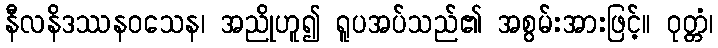
နီလနိဒဿနဝသေန၊ အညိုဟူ၍ ရူပအပ်သည်၏ အစွမ်းအားဖြင့်။ ဝုတ္တံ၊